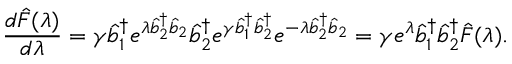
\frac { d \hat { F } ( \lambda ) } { d \lambda } = \gamma \hat { b } _ { 1 } ^ { \dagger } e ^ { \lambda \hat { b } _ { 2 } ^ { \dagger } \hat { b } _ { 2 } } \hat { b } _ { 2 } ^ { \dagger } e ^ { \gamma \hat { b } _ { 1 } ^ { \dagger } \hat { b } _ { 2 } ^ { \dagger } } e ^ { - \lambda \hat { b } _ { 2 } ^ { \dagger } \hat { b } _ { 2 } } = \gamma e ^ { \lambda } \hat { b } _ { 1 } ^ { \dagger } \hat { b } _ { 2 } ^ { \dagger } \hat { F } ( \lambda ) .